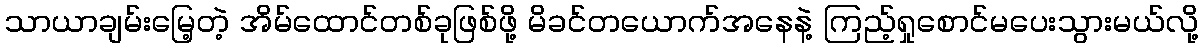
သာယာချမ်းမြေ့တဲ့ အိမ်ထောင်တစ်ခုဖြစ်ဖို့ မိခင်တယောက်အနေနဲ့ ကြည့်ရှုစောင်မပေးသွားမယ်လို့